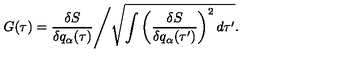
G ( \tau ) = \frac { \delta S } { \delta q _ { \alpha } ( \tau ) } \Biggl / \sqrt { \int \left( \frac { \delta S } { \delta q _ { \alpha } ( \tau ^ { \prime } ) } \right) ^ { 2 } d \tau ^ { \prime } } .